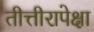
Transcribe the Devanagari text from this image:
तीत्तीरापेक्षा